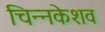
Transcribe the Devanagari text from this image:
चिन्नकेशव